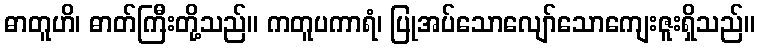
ဓာတူဟိ၊ ဓာတ်ကြီးတို့သည်။ ကတူပကာရံ၊ ပြုအပ်သောလျော်သောကျေးဇူးရှိသည်။